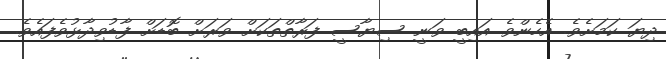
ދިޔަ ކަމަށެވެ. އެހެންވެ އައިބީ ވަނީ ސިޔާސީ ފަރާތްތަކަށް ވަރަށް ބޮޑަށް ފާޑުވިދާޅުވެފައެވެ.